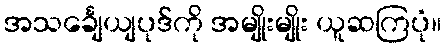
အသင်္ချေယျပုဒ်ကို အမျိုးမျိုး ယူဆကြပုံ။